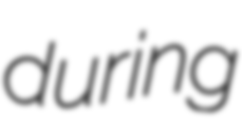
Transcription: during